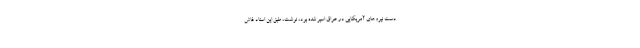
دست نیروهای آمریکایی در عراق اسیر شده بود، نوشت، طبق این اسناد فاش